Dysentery in Hazaribagh Central Jail - Number 52
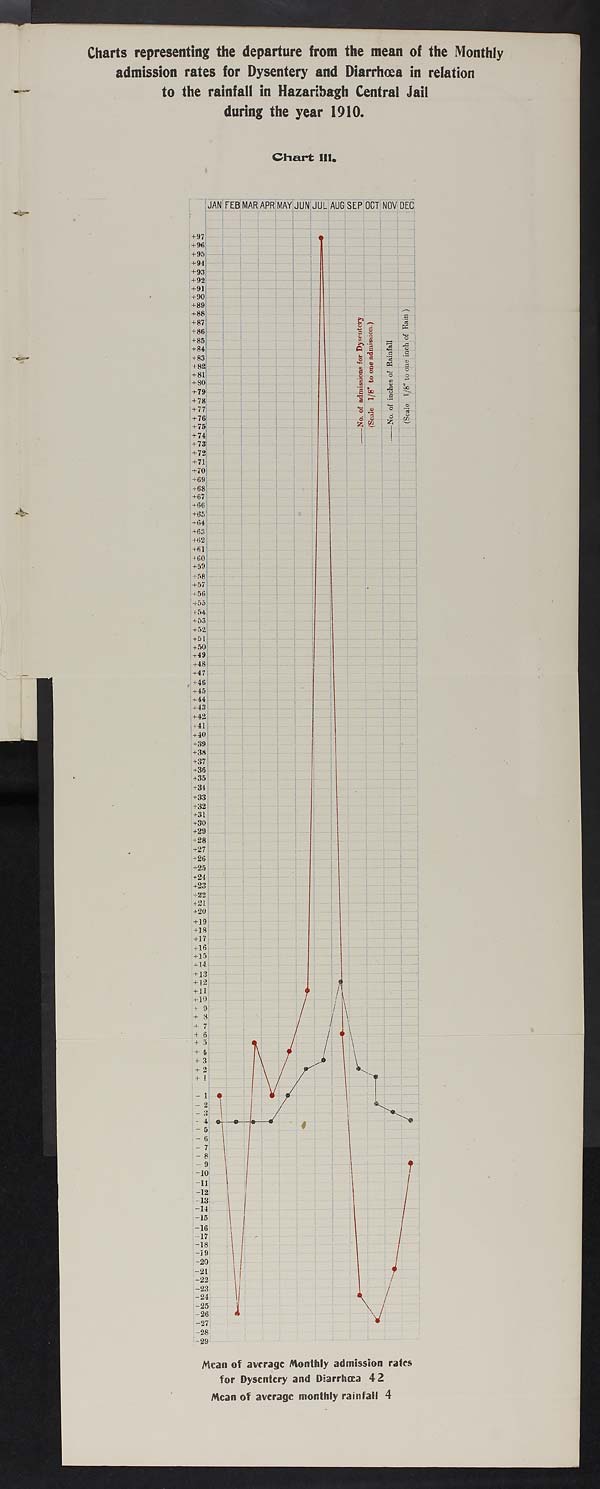
Charts representing the departure from the mean of the Monthly
admission rates for Dysentery and Diarrhoea in relation
to the rainfall in Hazaribagh Central Jail
during the year 1910.
Chart III.
JAN FEB MAR APR MAY JUN JUL AUG SEP OCT NOV DEC
+97
+ 96
+95
+94
+93
+92
+91
+90
+89
+88
+87
+86
+85
+84
+83
+82
+81
+ 80
+79
+ 7 8
+ 77
+76
+75
+71
+73
+72
+74
+70
+69
+68
+67
+66
+65
+64
+63
+62
+61
1+60
+59
+58
+57
+56
+55
+54
+53
+52
+51
+50
+49
+48
+47
+46
+45
+44
+43
+42
+41
+40
+39
+38
+37
+36
+35
+31
+33
+32
+31
+30
+29
+28
+27
+26
+25
+24
+23
+42
+21
+20
+19
+18
+17
+16
+15
+14
+13
+12
+11
+10
+9
+ 3
+ 1
+6
+ 5
+ 4
+3
+2
+1
-1
-2
- 3
-4
-5
-6
-7
-8
-9
-10
-11
-12
-13
-14
-15
-16
-17
-18
-19
-20
-21
-22
-23
-24
-25
-26
-27
-28
-29
Mean of average Monthly admission rates
for Dysentery and Diarrhœa 42
Mean of average monthly rainfall 4